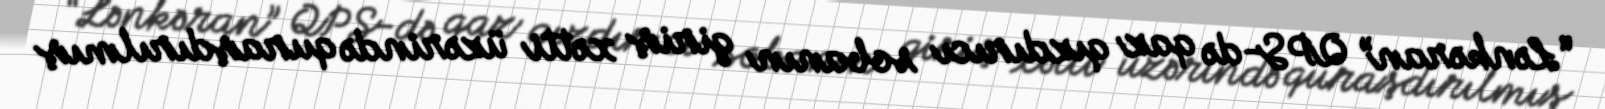
“Lənkəran” QPS-də qaz qızdırıcı sobanın giriş xətti üzərində quraşdırılmış